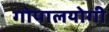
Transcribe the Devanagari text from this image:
गोपालयोगी